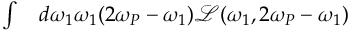
\begin{array} { r l } { \int } & { { } d \omega _ { 1 } \omega _ { 1 } ( 2 \omega _ { P } - \omega _ { 1 } ) \mathcal { L } ( \omega _ { 1 } , 2 \omega _ { P } - \omega _ { 1 } ) } \end{array}